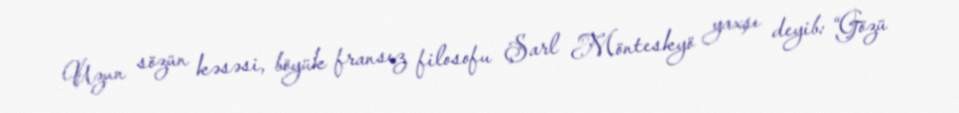
Uzun sözün kəsəsi, böyük fransız filosofu Şarl Mönteskyö yaxşı deyib: “Gözü